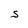
Character: S